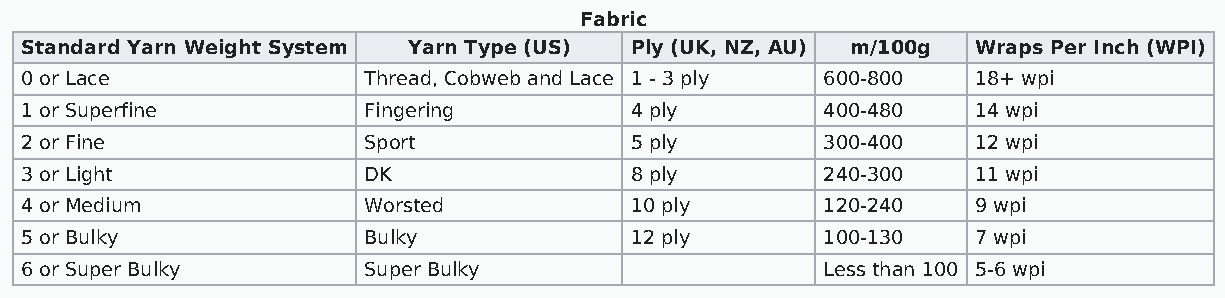
Fabric
 Standard Yarn Weight System Yarn Type (US) Ply (UK, NZ, AU) m/100g Wraps Per Inch (WPI)
 0 or Lace              Thread, Cobweb and Lace 1 - 3 ply 600-800 18+ wpi
 1 or Superfine         Fingering         4 ply        400-480   14 wpi
 2 or Fine              Sport             5 ply        300-400   12 wpi
 3 or Light             DK                8 ply        240-300   11 wpi
 4 or Medium            Worsted           10 ply       120-240   9 wpi
 5 or Bulky             Bulky             12 ply       100-130   7 wpi
 6 or Super Bulky       Super Bulky                    Less than 100 5-6 wpi